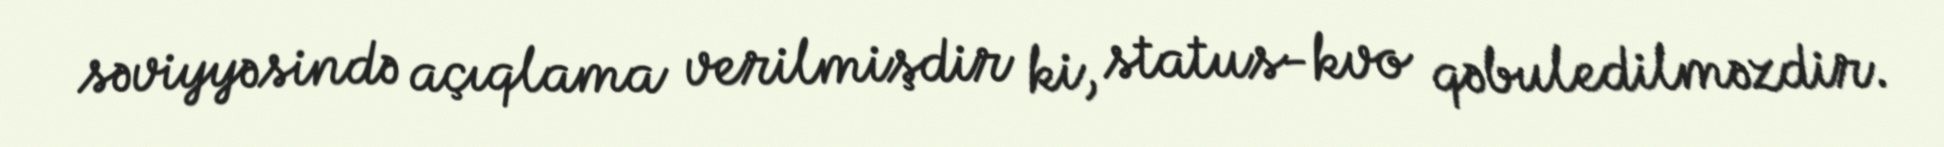
səviyyəsində açıqlama verilmişdir ki, status-kvo qəbuledilməzdir.